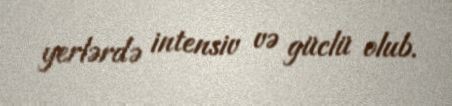
yerlərdə intensiv və güclü olub.